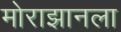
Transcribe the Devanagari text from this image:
मोराझानला